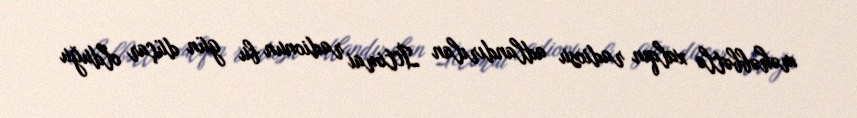
məhəbbətlə xalqın radiosu adlandırılan İctimai radionun bu gün düçar olduğu